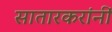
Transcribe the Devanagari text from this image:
सातारकरांनीं